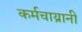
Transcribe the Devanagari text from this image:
कर्मचाय्रानी